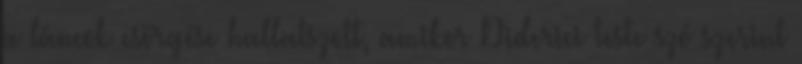
a láncok csörgése hallatszott, amikor Diderici teste szó szerint